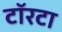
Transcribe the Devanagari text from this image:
टॉरटा